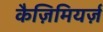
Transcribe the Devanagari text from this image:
कैज़िमियर्ज़